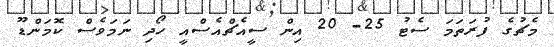
މެޗުގެ ފުރަތަމަ ސެޓު 25- 20 އިން ސީއެޗްއެސްއީ ހޯދި ނަމަވެސް ކޮމަންޑޫ